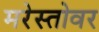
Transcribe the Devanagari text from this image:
मरेस्तोवर